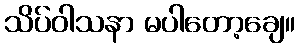
သိပ်ဝါသနာ မပါတော့ချေ။